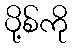
ပို့စ်ကို